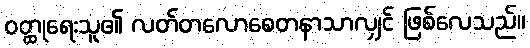
ဝတ္ထုရေးသူ၏ လတ်တလောစေတနာသာလျှင် ဖြစ်လေသည်။